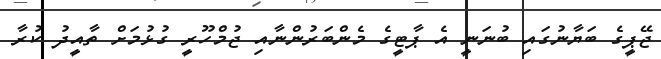
ޖޭޕީގެ ބަޔާނުގައި ބުނަނީ އެ ޕާޓީގެ މެންބަރުންނާއި ޖުމްހޫރީ ގުޅުމަށް ތާއީދު ކުރާ